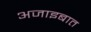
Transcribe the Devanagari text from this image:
अजाइबात